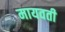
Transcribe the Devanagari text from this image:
मायवती